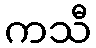
ကသီ